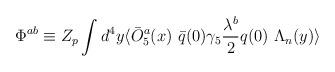
LaTeX: \begin{align*}\Phi^{ab} \equiv Z_p\int d^4 y\langle\bar O^a_5(x) \ \bar q(0) \gamma_5 {\lambda^b \over 2} q(0) \ \Lambda_n (y)\rangle\end{align*}